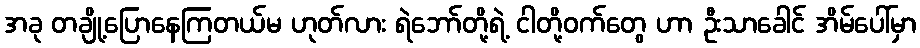
အခု တချို့ပြောနေကြတယ်မ ဟုတ်လား ရဲဘော်တို့ရဲ့ ငါတို့ဝက်တွေ ဟာ ဦးသာခေါင် အိမ်ပေါ်မှာ